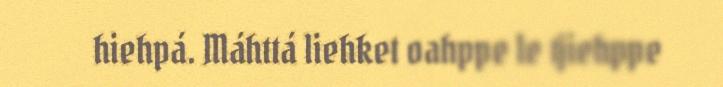
hiehpá. Máhttá liehket oahppe le tjiehppe